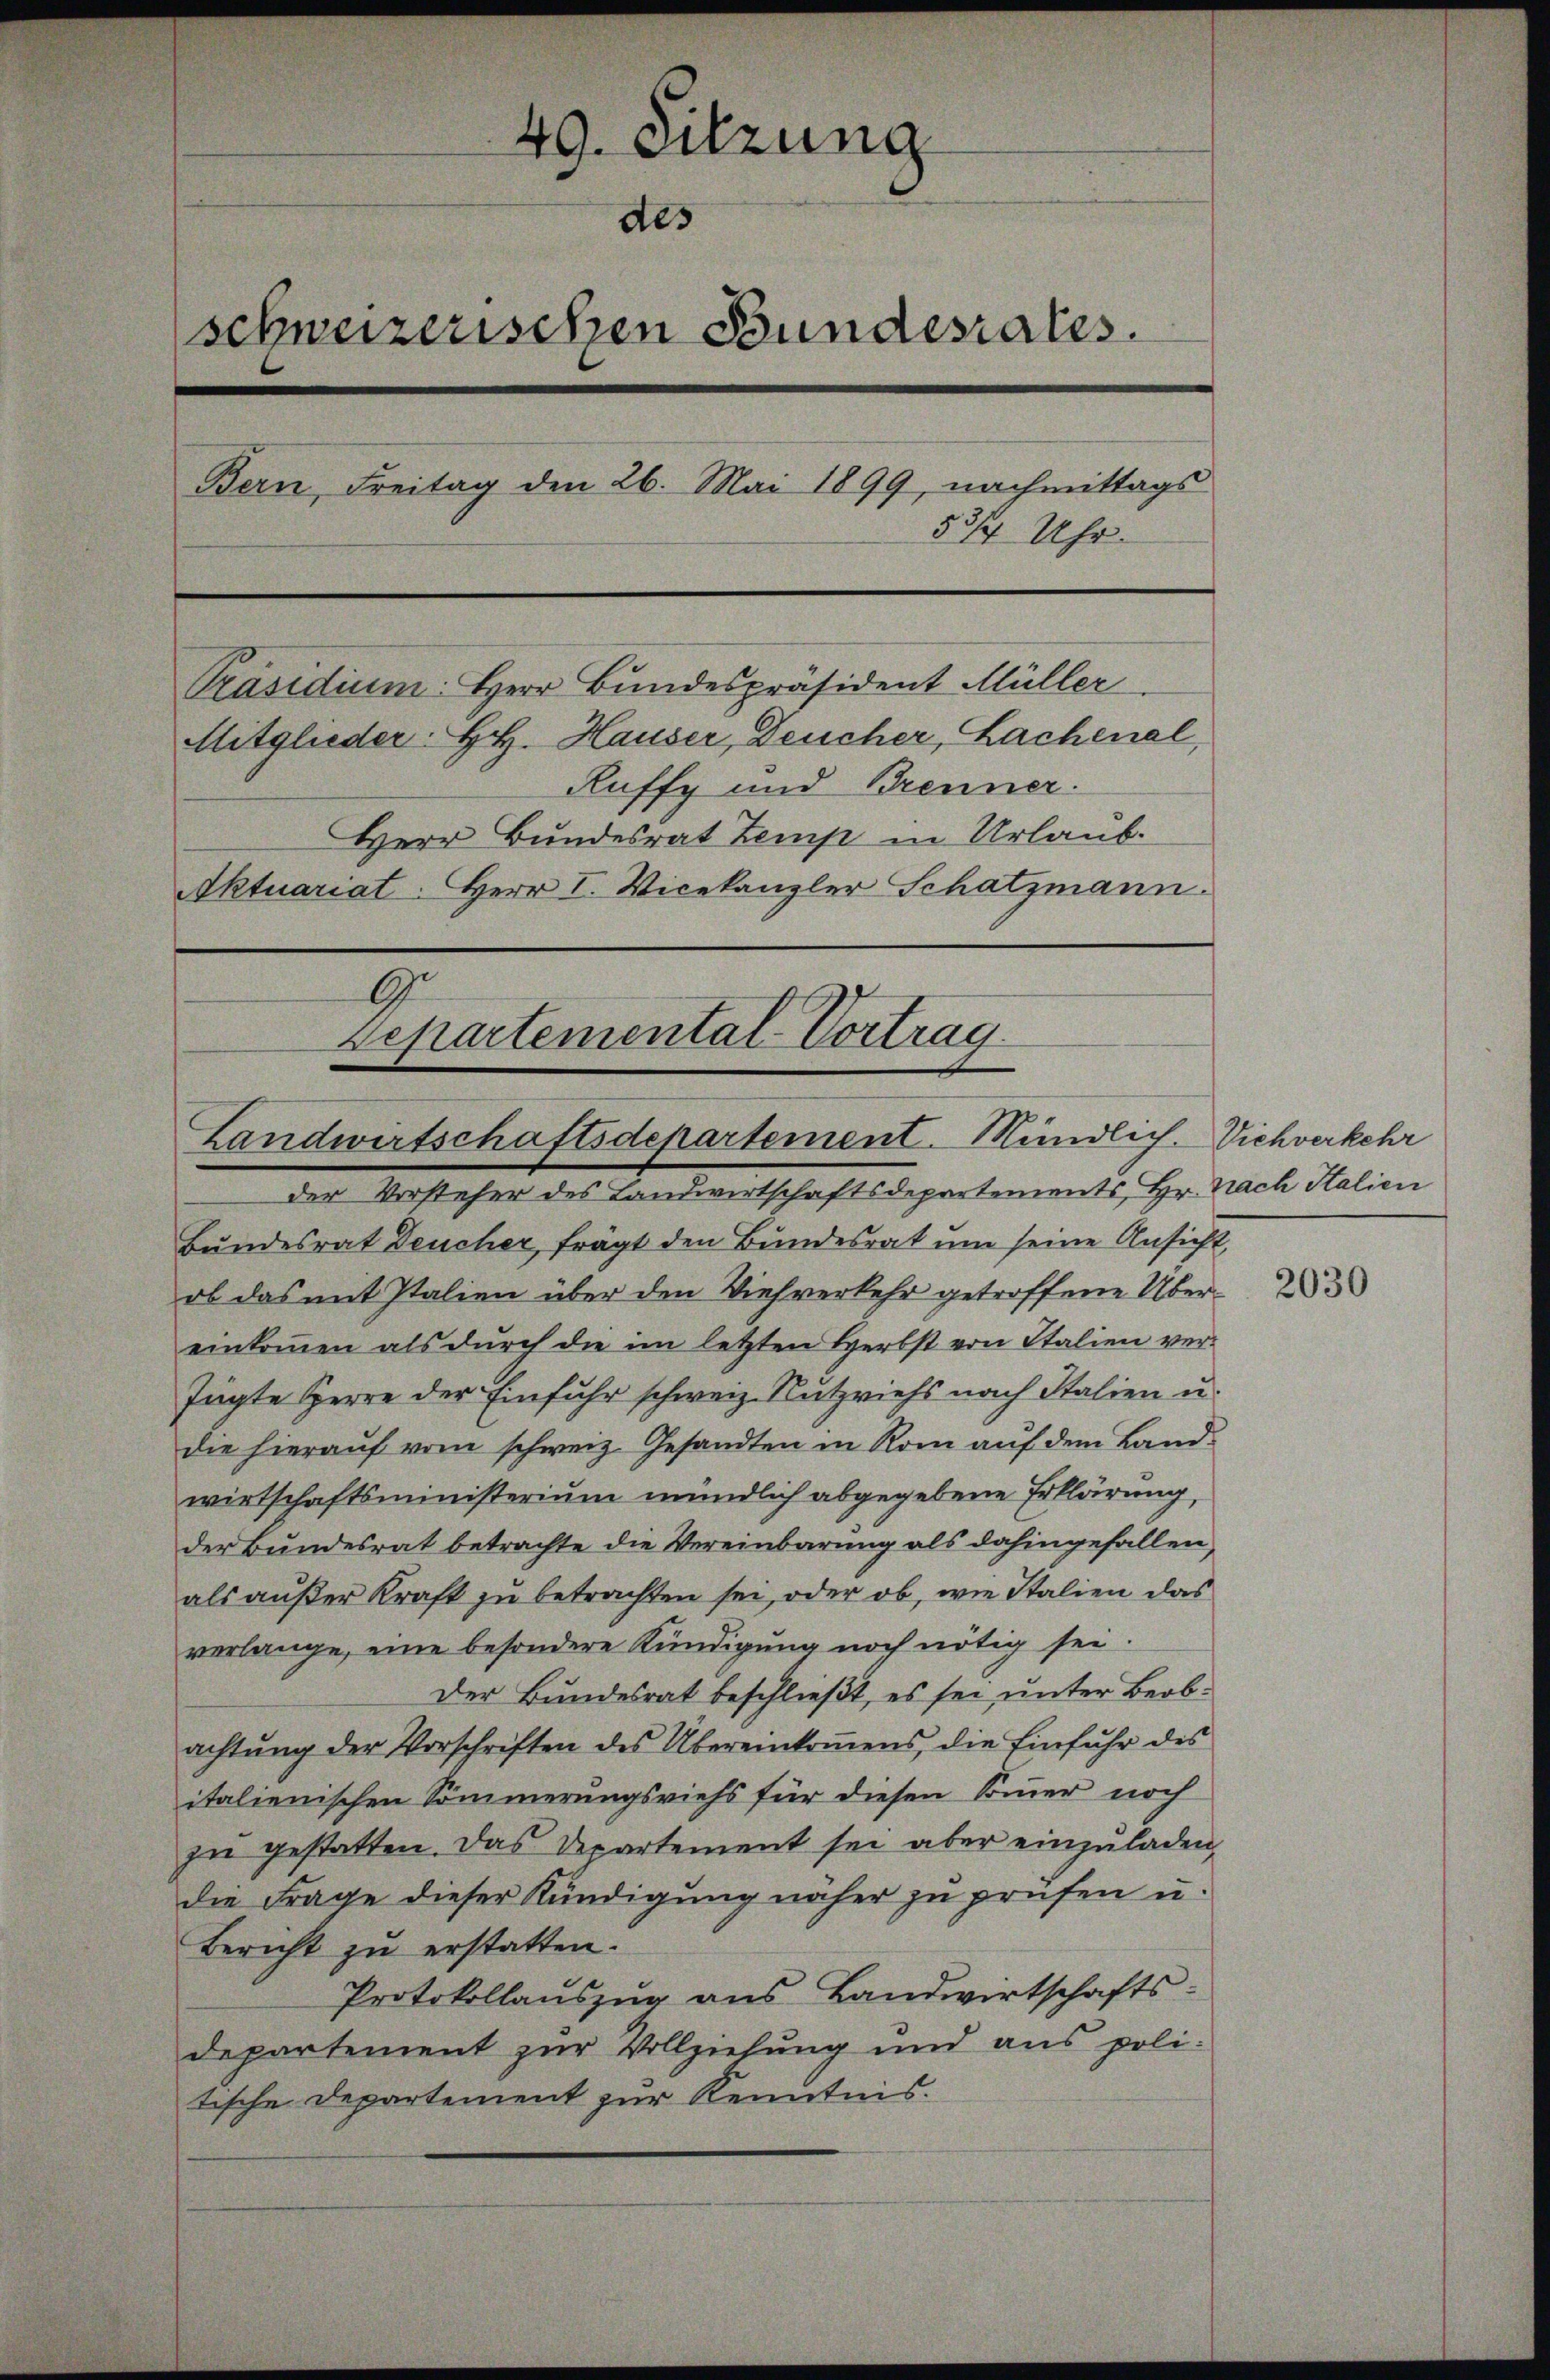
49. Sitzung
des
(schweizerischen Bundesrates.
Bern, Freitag den 26. Mai 1899, nachmittags
53/4 Uhr.
Präsidium: Herr Bundespräsident Müller
Mitglieder H. Hauser, Deucher, Lachenal,
Ruffy und Brenner
Herr Bundesrat Zemp in Urlaub.
Aktuariat. Herr I. Vicekanzler Schatzmann.

G.
repartemental-Vortrag
Landwirtschaftsdepartement. Mündlich. Viehverkehr
der Vorsteher des Landwirtschaftsdepartements Hr. Nach Italien

Bundesrat Deucher, frägt den Bundesrat um seine Ansicht,
ob das mit Italien über den Viehverkehr getroffene Übereinkommen als durch die im letzten Herbst von Italien ver¬
Jügte Herre der Einfuhr schweiz. Nutzviehs nach Italien u.
die hierauf vom schweiz. Gesandten in Rom auf dem Landwirtschaftsministerium mündlich abgegebene Erklärung,
der Bundesrat betrachte die Vereinbarung als dahingefallen,
als außer Kraft zu betrachten sei, oder ob, wie Italien das
verlange, eine besondere Kündigung noch nötig sei.
Der Bundesrat beschließt, es sei unter Beobachtŭng der Vorschriften des Übereinkoṁens, die Einfuhr des
italienischen Sommerungsviehs für diesen Sommer noch
zŭ gestatten. Das Departement sei aber einzuladen,
die Frage dieser Kündigung näher zu prüfen u.
Bericht zu erstatten.
Protokollauszug aus Landwirtschafts-
departement zur Vollziehung und aus politische Departement zur Kenntnis.

2030